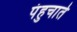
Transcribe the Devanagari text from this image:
पंहुचाते